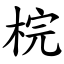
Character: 梡